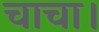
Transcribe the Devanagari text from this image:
चाचा।